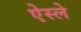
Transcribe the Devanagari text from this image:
ऐस्ले